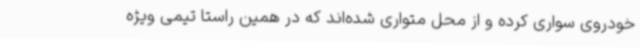
خودروی سواری کرده و از محل متواری شده‌اند که در همین راستا تیمی ویژه